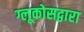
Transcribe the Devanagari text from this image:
ग्लूकोसद्वारा